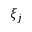
\xi _ { j }